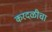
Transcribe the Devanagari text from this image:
करदळीचा